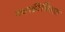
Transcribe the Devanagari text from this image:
व्यक्तीचित्रात